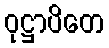
ဝုဋ္ဌာပိတေ